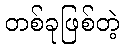
တစ်ခုဖြစ်တဲ့